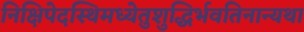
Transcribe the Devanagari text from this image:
निक्षिपेदस्थिमध्येतुशुद्धिर्भवतिनान्यथा